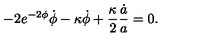
- 2 e ^ { - 2 \phi } \dot { \phi } - \kappa \dot { \phi } + \frac { \kappa } { 2 } \frac { \dot { a } } { a } = 0 .